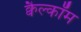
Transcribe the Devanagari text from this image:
क्वैल्कॉम